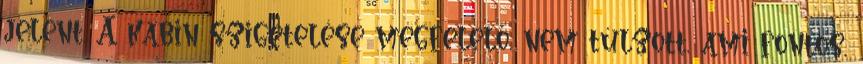
jelent. A kabin szigetelése megfelelő, nem túlzott, ami fontos,